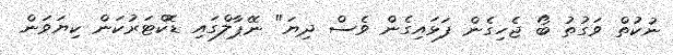
ނުކުތް ވަގުތު ބޯ ޖެހިގެން ފަޅައިގެން ވެސް ދިޔަ" ނޭޕާލްގައި ޑޮކްޓަރުކަން ކިޔަވަން